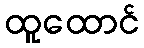
ထူထောင်